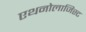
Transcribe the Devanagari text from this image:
एथनोलाजिस्ट